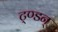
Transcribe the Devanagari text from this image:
ट्ण्डन्